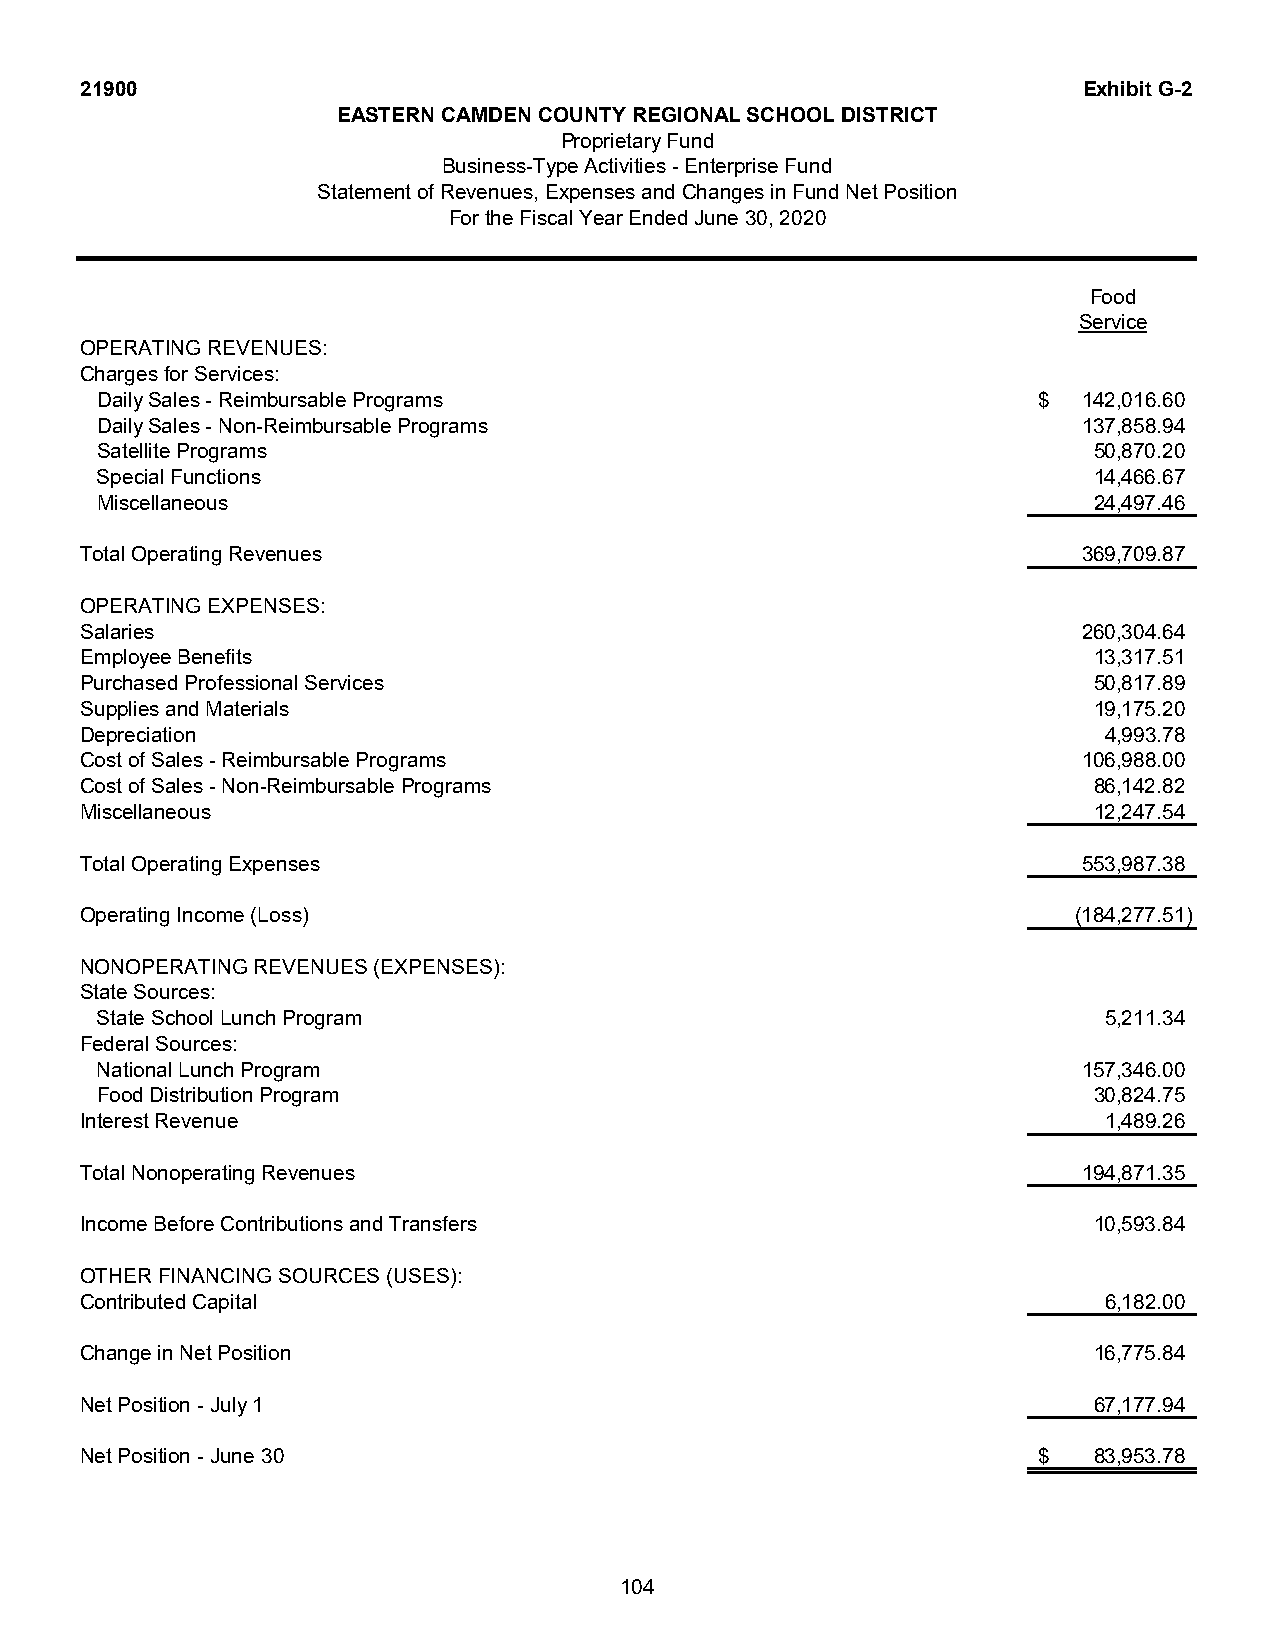
21900                                                              Exhibit G-2
 EASTERN CAMDEN COUNTY REGIONAL SCHOOL DISTRICT
 Proprietary Fund
 Business-Type Activities - Enterprise Fund
 Statement of Revenues, Expenses and Changes in Fund Net Position
 For the Fiscal Year Ended June 30, 2020
 Food
 Service
 OPERATING REVENUES:
 Charges for Services:
 Daily Sales - Reimbursable Programs                            $  142,016.60
 Daily Sales - Non-Reimbursable Programs                           137,858.94
 Satellite Programs                                                50,870.20
 Special Functions                                                 14,466.67
 Miscellaneous                                                     24,497.46
 Total Operating Revenues                                           369,709.87
 OPERATING EXPENSES:
 Salaries                                                           260,304.64
 Employee Benefits                                                  13,317.51
 Purchased Professional Services                                    50,817.89
 Supplies and Materials                                             19,175.20
 Depreciation                                                        4,993.78
 Cost of Sales - Reimbursable Programs                              106,988.00
 Cost of Sales - Non-Reimbursable Programs                          86,142.82
 Miscellaneous                                                      12,247.54
 Total Operating Expenses                                           553,987.38
 Operating Income (Loss)                                           (184,277.51)
 NONOPERATING REVENUES (EXPENSES):
 State Sources:
 State School Lunch Program                                         5,211.34
 Federal Sources:
 National Lunch Program                                            157,346.00
 Food Distribution Program                                         30,824.75
 Interest Revenue                                                    1,489.26
 Total Nonoperating Revenues                                        194,871.35
 Income Before Contributions and Transfers                          10,593.84
 OTHER FINANCING SOURCES (USES):
 Contributed Capital                                                 6,182.00
 Change in Net Position                                             16,775.84
 Net Position - July 1                                              67,177.94
 Net Position - June 30                                          $  83,953.78
 104